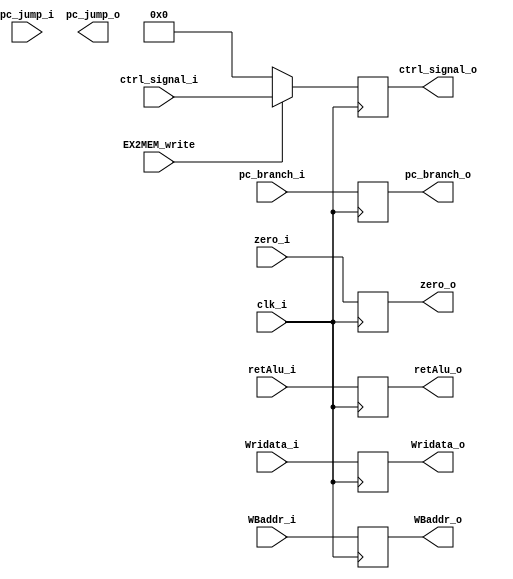
module EXMEM( clk_i, ctrl_signal_i, EX2MEM_write, pc_branch_i, pc_jump_i, zero_i, retAlu_i, Wridata_i, WBaddr_i, ctrl_signal_o, pc_branch_o, pc_jump_o, zero_o, retAlu_o, Wridata_o, WBaddr_o	);
     
//I/O ports
input        clk_i;
input  [6:0] ctrl_signal_i;
input EX2MEM_write;
input [32-1:0] pc_branch_i;
input [32-1:0] pc_jump_i;
input  zero_i;
input [32-1:0] retAlu_i;
input [32-1:0] Wridata_i;
input [4:0] WBaddr_i;

output reg  [6:0] ctrl_signal_o;
output reg [32-1:0] pc_branch_o;
output reg [32-1:0] pc_jump_o;
output reg zero_o;
output reg [32-1:0] retAlu_o;
output reg [32-1:0] Wridata_o;
output reg [4:0] WBaddr_o;

//Main function
always @(posedge clk_i) begin
	
	pc_branch_o <= pc_branch_i;
	if(EX2MEM_write)
		ctrl_signal_o <=ctrl_signal_i;
	else
		ctrl_signal_o <=7'b0;
	zero_o <=zero_i;
	retAlu_o <=retAlu_i;
	Wridata_o <=Wridata_i;
	WBaddr_o <=WBaddr_i;
end
    	
	
	
//Initial Memory Contents
initial begin
	pc_branch_o <= 32'b0;
	ctrl_signal_o<=12'b0;
	zero_o <=0;
	retAlu_o <=32'b0;
	Wridata_o <=32'b0;
	WBaddr_o <=5'b0;
end
endmodule